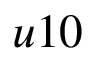
u 1 0